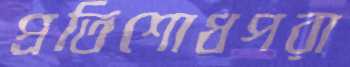
প্রতিশোধপরা